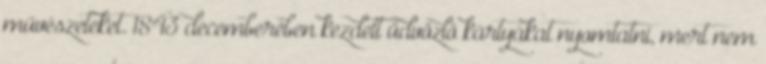
művészeteket. 1843 decemberében kezdett üdvözlő kártyákat nyomtatni, mert nem